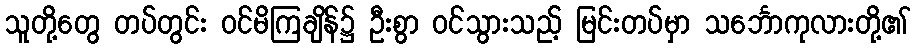
သူတို့တွေ တပ်တွင်း ဝင်မိကြချိန်၌ ဦးစွာ ဝင်သွားသည့် မြင်းတပ်မှာ သင်္ဘောကုလားတို့၏